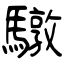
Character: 驐